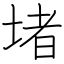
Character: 堵